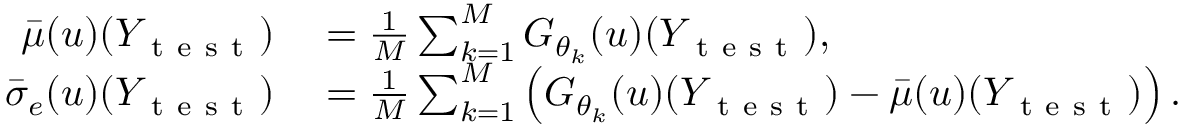
\begin{array} { r l } { \bar { \mu } ( u ) ( Y _ { \mathrm { ~ t ~ e ~ s ~ t ~ } } ) } & { { } = \frac { 1 } { M } \sum _ { k = 1 } ^ { M } G _ { \theta _ { k } } ( u ) ( Y _ { \mathrm { ~ t ~ e ~ s ~ t ~ } } ) , } \\ { \bar { \sigma } _ { e } ( u ) ( Y _ { \mathrm { ~ t ~ e ~ s ~ t ~ } } ) } & { { } = \frac { 1 } { M } \sum _ { k = 1 } ^ { M } \left( G _ { \theta _ { k } } ( u ) ( Y _ { \mathrm { ~ t ~ e ~ s ~ t ~ } } ) - \bar { \mu } ( u ) ( Y _ { \mathrm { ~ t ~ e ~ s ~ t ~ } } ) \right) . } \end{array}